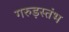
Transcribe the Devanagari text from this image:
गरुड़स्तंभ